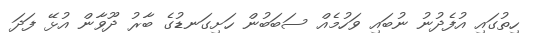
ހިތުގައި އުފެދުނު ނުބައި ވަހުމެއް ސަބަބުން ހަށިގަނޑުގެ ބާރު ދޫވާން އުޅޭ ފަދަ